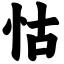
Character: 怙